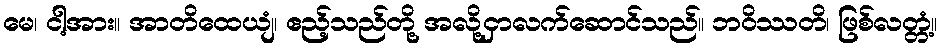
မေ၊ ငါ့အား။ အာတိထေယျံ၊ ဧည့်သည်တို့ အလို့ငှာလက်ဆောင်သည်။ ဘဝိဿတိ၊ ဖြစ်လတ္တံ့။